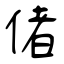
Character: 偖